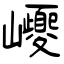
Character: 巎